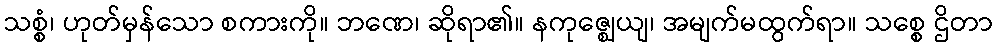
သစ္စံ၊ ဟုတ်မှန်သော စကားကို။ ဘဏေ၊ ဆိုရာ၏။ နကုဇ္ဈေယျ၊ အမျက်မထွက်ရာ။ သစ္စေ ဌိတာ